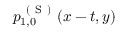
p _ { 1 , 0 } ^ { \mathrm { ~ ( ~ S ~ ) ~ } } ( x - t , y )